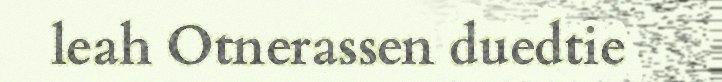
leah Otnerassen duedtie